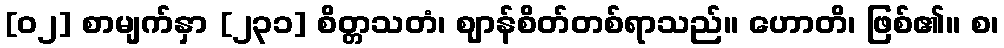
[၀၂] စာမျက်နှာ [၂၃၁] စိတ္တသတံ၊ ဈာန်စိတ်တစ်ရာသည်။ ဟောတိ၊ ဖြစ်၏။ စ၊